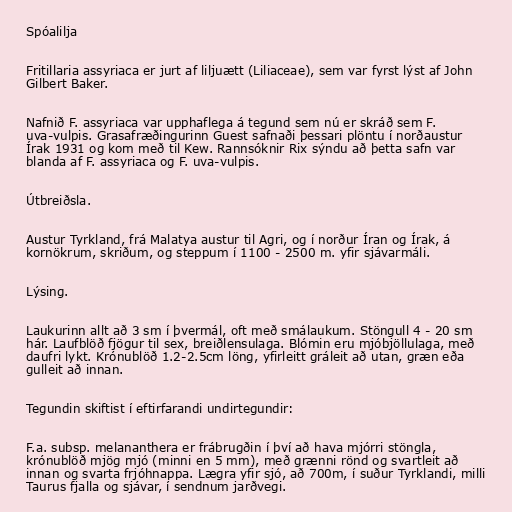
Spóalilja

Fritillaria assyriaca er jurt af liljuætt (Liliaceae), sem var fyrst lýst af John
Gilbert Baker.

Nafnið F. assyriaca var upphaflega á tegund sem nú er skráð sem F.
uva-vulpis. Grasafræðingurinn Guest safnaði þessari plöntu í norðaustur
Írak 1931 og kom með til Kew. Rannsóknir Rix sýndu að þetta safn var
blanda af F. assyriaca og F. uva-vulpis.

Útbreiðsla.

Austur Tyrkland, frá Malatya austur til Agri, og í norður Íran og Írak, á
kornökrum, skriðum, og steppum í 1100 - 2500 m. yfir sjávarmáli.

Lýsing.

Laukurinn allt að 3 sm í þvermál, oft með smálaukum. Stöngull 4 - 20 sm
hár. Laufblöð fjögur til sex, breiðlensulaga. Blómin eru mjóbjöllulaga, með
daufri lykt. Krónublöð 1.2-2.5cm löng, yfirleitt gráleit að utan, græn eða
gulleit að innan.

Tegundin skiftist í eftirfarandi undirtegundir:

F.a. subsp. melananthera er frábrugðin í því að hava mjórri stöngla,
krónublöð mjög mjó (minni en 5 mm), með grænni rönd og svartleit að
innan og svarta frjóhnappa. Lægra yfir sjó, að 700m, í suður Tyrklandi, milli
Taurus fjalla og sjávar, í sendnum jarðvegi.